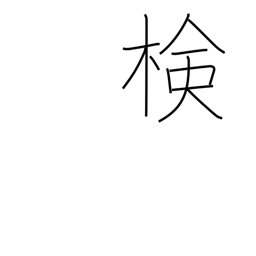
Meaning: examination